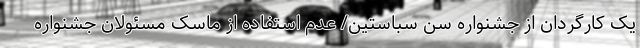
یک کارگردان از جشنواره سن سباستین/ عدم استفاده از ماسک مسئولان جشنواره